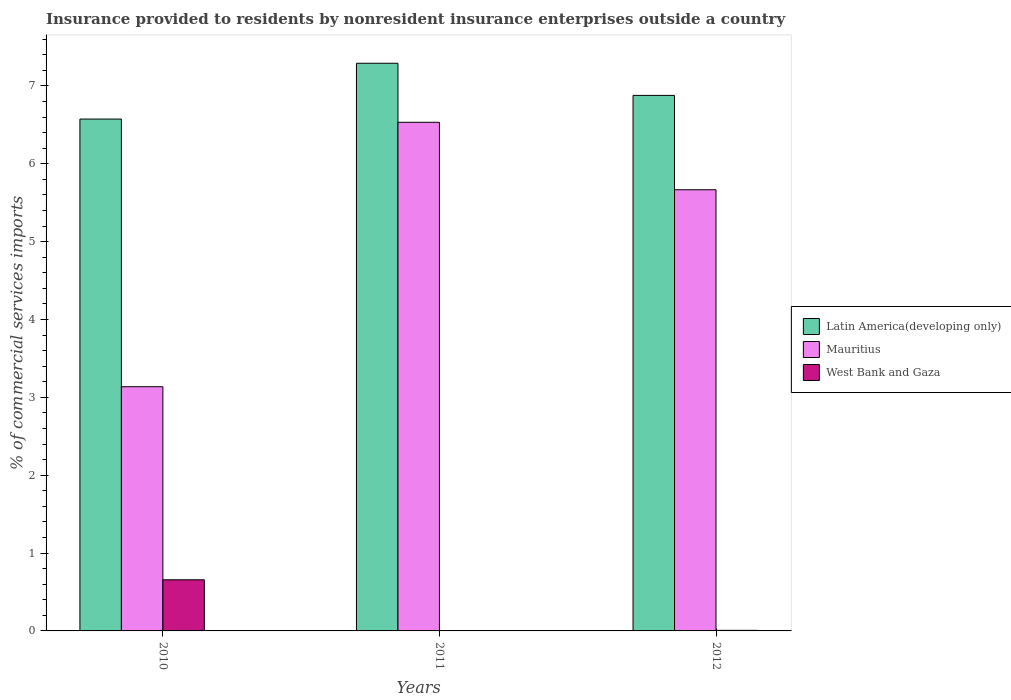
| Years | Latin America(developing only) | Mauritius | West Bank and Gaza |
 | --- | --- | --- | --- |
 | 2010 | 6.57 | 3.14 | 0.657 |
 | 2011 | 7.29 | 6.53 | 0.00441 |
 | 2012 | 6.88 | 5.67 | 0.00735 |